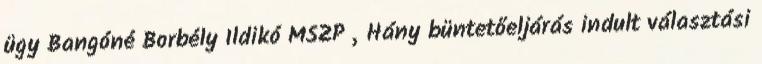
ügy Bangóné Borbély Ildikó MSZP „Hány büntetőeljárás indult választási